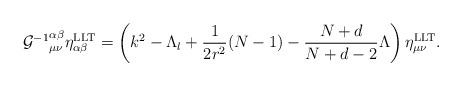
LaTeX: \begin{align*}{{\cal G}^{-1}}^{\alpha\beta}_{\mu\nu}\eta^{\rm LLT}_{\alpha\beta}=\left(k^{2}-\Lambda_{l}+\frac{1}{2r^{2}}(N-1)-\frac{N+d}{N+d-2}\Lambda\right)\eta^{\rm LLT}_{\mu\nu}.\end{align*}